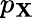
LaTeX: p_{\mathbf{X}}